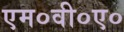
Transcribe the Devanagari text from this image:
एम०वी०ए०